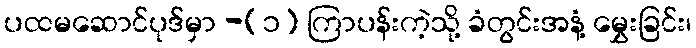
ပထမဆောင်ပုဒ်မှာ -(၁) ကြာပန်းကဲ့သို့ ခံတွင်းအနံ့ မွှေးခြင်း၊